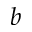
b